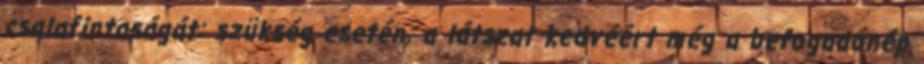
csalafintaságát: szükség esetén, a látszat kedvéért még a befogadónép